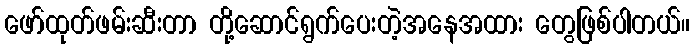
ဖော်ထုတ်ဖမ်းဆီးတာ တို့ဆောင်ရွက်ပေးတဲ့အနေအထား တွေဖြစ်ပါတယ်။